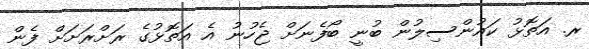
ރ. އަތޮޅު ކައުންސިލުން ބުނީ ބޯފެނަށް ޖެހުނު އެ އަތޮޅުގެ ރަށްރަށަށް ފެން